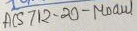
Text: ACS712-20-Moaul